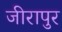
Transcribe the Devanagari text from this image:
जीरापुर